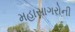
મહાસાગરોની